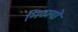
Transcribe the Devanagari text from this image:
मिठायों